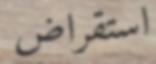
استقراض